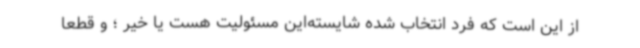
از این است که فرد انتخاب شده شایسته‌این مسئولیت هست یا خیر ؛ و قطعا